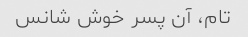
تام، آن پسر خوش شانس